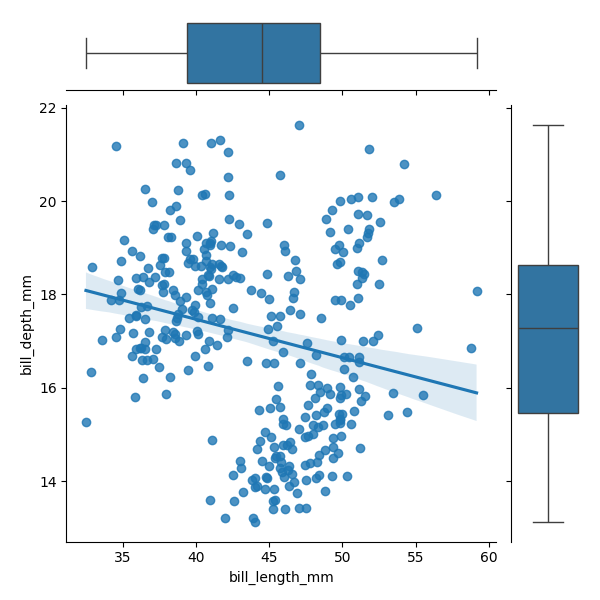
python, seaborn, JointGrid, regplot, boxplot